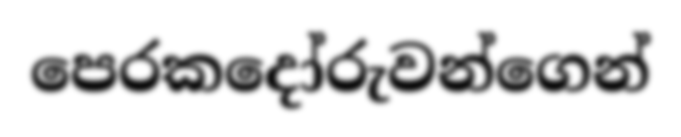
පෙරකදෝරුවන්ගෙන්